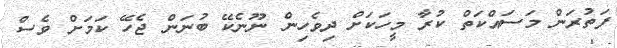
ފަތުރަން މަސައްކަތް ކުރާ މީހަކަށް ދިވެހިން ނޫނެކޭ ބުނަން ޖެހޭ ކަމަށް ވެސް